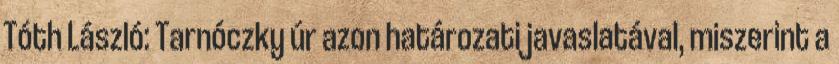
Tóth László: Tarnóczky úr azon határozati javaslatával, miszerint a